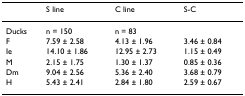
<table><thead><tr><td></td><td><b>S line</b></td><td><b>C line</b></td><td><b>S-C</b></td></tr></thead><tbody><tr><td>Ducks</td><td>n = 150</td><td>n = 83</td><td></td></tr><tr><td>F</td><td>7.59 ± 2.58</td><td>4.13 ± 1.96</td><td>3.46 ± 0.84</td></tr><tr><td>Ie</td><td>14.10 ± 1.86</td><td>12.95 ± 2.73</td><td>1.15 ± 0.49</td></tr><tr><td>M</td><td>2.15 ± 1.75</td><td>1.30 ± 1.37</td><td>0.85 ± 0.36</td></tr><tr><td>Dm</td><td>9.04 ± 2.56</td><td>5.36 ± 2.40</td><td>3.68 ± 0.79</td></tr><tr><td>H</td><td>5.43 ± 2.41</td><td>2.84 ± 1.80</td><td>2.59 ± 0.67</td></tr></tbody></table>